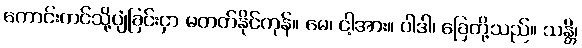
ကောင်းကင်သို့ပျံခြင်းငှာ မတတ်နိုင်ကုန်။ မေ၊ ငါ့အား။ ပါဒါ၊ ခြေတို့သည်။ သန္တိ၊